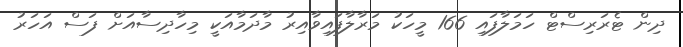
ދިން ޓެރަރިސްޓް ހަމަލާފައި 166 މީހަކު މަރާލާފައިވާއިރު މާދަމާއަކީ މިހާދިސާއަށް ފަސް އަހަރު